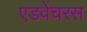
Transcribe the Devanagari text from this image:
एडवेंचरस